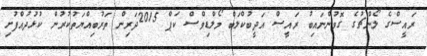
ރައީސްގެ ލޯންޗުގެ ގޮވުންނައިބު ރައީސް އަދީބުކްލަބް މޯލްޑިވްސް ކަޕް 2015ދަރިން ތަރުބިއްޔަތުކުރުން ކުޅުދުއްފުށި